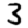
Digit: 3